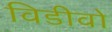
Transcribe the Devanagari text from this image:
विडीवो